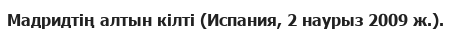
Мадридтің алтын кілті (Испания, 2 наурыз 2009 ж.).